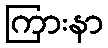
ကြားနာ